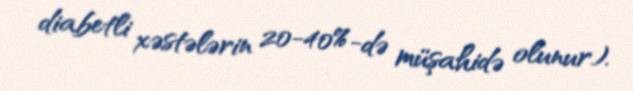
diabetli xəstələrin 20-40%-də müşahidə olunur).